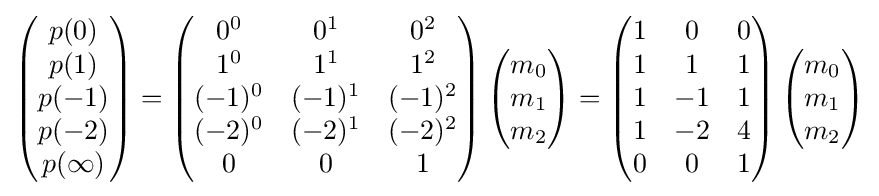
\left({\begin{matrix}p(0)\\p(1)\\p(-1)\\p(-2)\\p(\infty )\end{matrix}}\right)=\left({\begin{matrix}0^{0}&0^{1}&0^{2}\\1^{0}&1^{1}&1^{2}\\(-1)^{0}&(-1)^{1}&(-1)^{2}\\(-2)^{0}&(-2)^{1}&(-2)^{2}\\0&0&1\end{matrix}}\right)\left({\begin{matrix}m_{0}\\m_{1}\\m_{2}\end{matrix}}\right)=\left({\begin{matrix}1&0&0\\1&1&1\\1&-1&1\\1&-2&4\\0&0&1\end{matrix}}\right)\left({\begin{matrix}m_{0}\\m_{1}\\m_{2}\end{matrix}}\right)